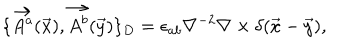
LaTeX: \{ \vec { A ^ { a } } ( \vec { x } ) , \vec { A ^ { b } } ( \vec { y } ) \} _ { D } = \epsilon _ { a b } \nabla ^ { - 2 } \nabla \times \delta ( \vec { x } - \vec { y } ) ,